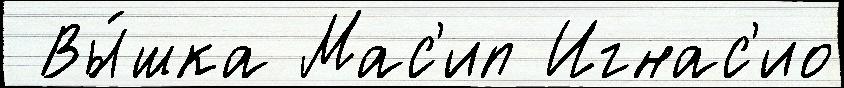
 Вы́шка Мас'ип Игнас'ио